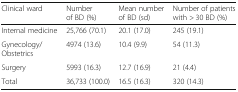
| Clinical ward | Number of BD (%) | Mean number of BD (sd) | Number of patients with > 30 BD (%) |
 | --- | --- | --- | --- |
 | Internal medicine | 25,766 (70.1) | 20.1 (17.0) | 245 (19.1) |
 | Gynecology/Obstetrics | 4974 (13.6) | 10.4 (9.9) | 54 (11.3) |
 | Surgery | 5993 (16.3) | 12.7 (16.9) | 21 (4.4) |
 | Total | 36,733 (100.0) | 16.5 (16.3) | 320 (14.3) |